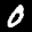
Label: 0